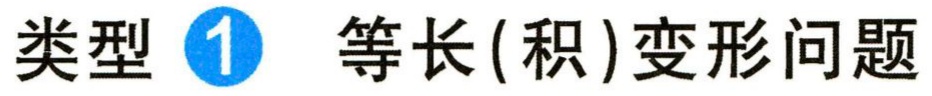
类型 \textcircled{1} 等长(积)变形问题